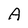
Character: A